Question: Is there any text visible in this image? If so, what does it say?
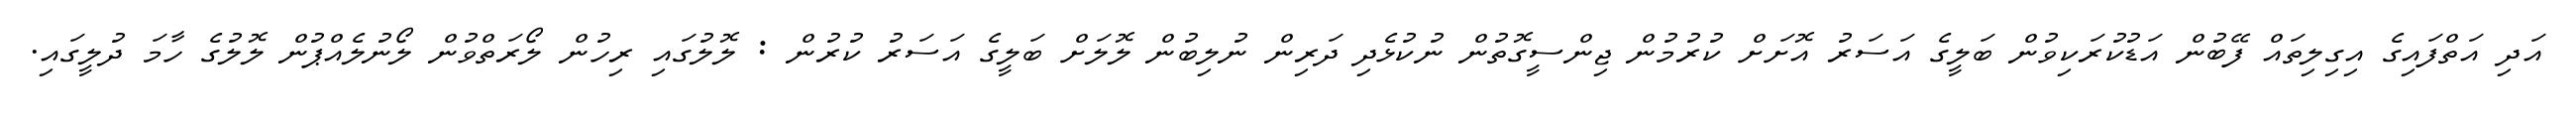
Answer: އަދި އަތްފައިގެ އިގިލިތައް ފޭބުން އަޑުކުރަކިވުން ބަލީގެ އަސަރު އޮށަށް ކުރުމުން ޖިންސީގޮތުން ނުކުޅެދި ދަރިން ނުލިބުން ލޮލަށް ބަލީގެ އަސަރު ކުރުން : ލޮލުގައި ރިހުން ލޯރަތްވުން ލޯނުލެއްޕުން ލޮލުގެ ހާމަ ދުލީގައި.